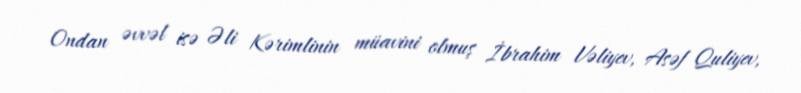
Ondan əvvəl isə Əli Kərimlinin müavini olmuş İbrahim Vəliyev, Asəf Quliyev,